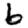
Digit: 6